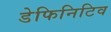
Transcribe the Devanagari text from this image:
डेफिनिटिव